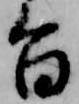
旨